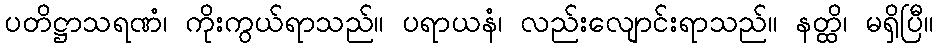
ပတိဋ္ဌာသရဏံ၊ ကိုးကွယ်ရာသည်။ ပရာယနံ၊ လည်းလျောင်းရာသည်။ နတ္ထိ၊ မရှိပြီ။